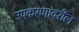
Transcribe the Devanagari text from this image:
उपकरणांवरील